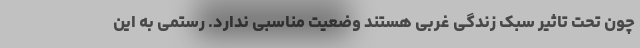
چون تحت تاثیر سبک زندگی غربی هستند وضعیت مناسبی ندارد. رستمی به این